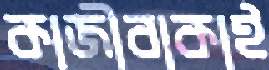
কাজীবাকাই